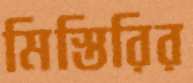
মিস্তিরির